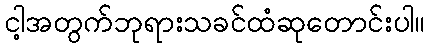
ငါ့အတွက်ဘုရားသခင်ထံဆုတောင်းပါ။